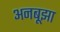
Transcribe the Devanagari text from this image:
अनबूझा